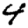
Digit: 4